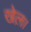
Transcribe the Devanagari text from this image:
खेल़।